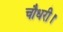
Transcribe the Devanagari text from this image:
चौधरी।